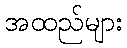
အထည်များ